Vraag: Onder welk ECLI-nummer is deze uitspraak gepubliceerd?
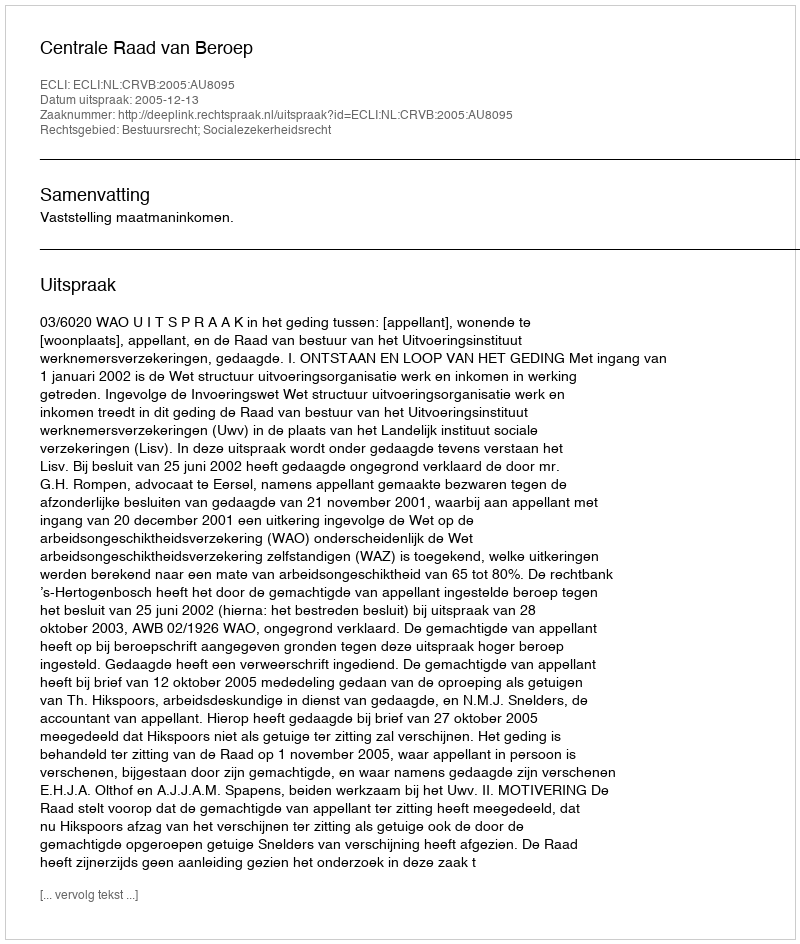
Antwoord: ECLI:NL:CRVB:2005:AU8095